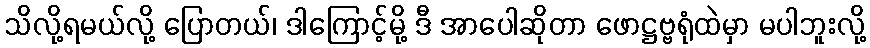
သိလို့ရမယ်လို့ ပြောတယ်၊ ဒါကြောင့်မို့ ဒီ အာပေါဆိုတာ ဖောဋ္ဌဗ္ဗရုံထဲမှာ မပါဘူးလို့